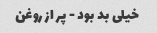
خیلی بد بود - پر از روغن